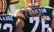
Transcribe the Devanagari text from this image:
रिफ्फ्स